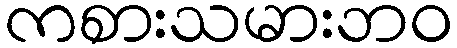
ကစားသမားဘဝ